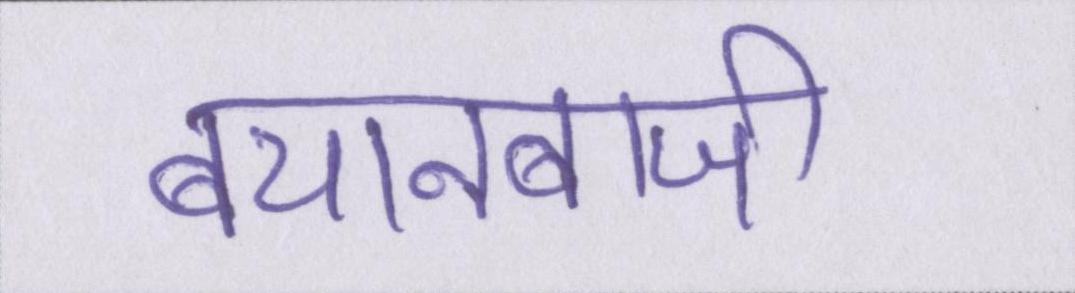
बयानबाजी